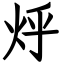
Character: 烀